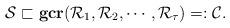
LaTeX: \begin{align*} \mathcal{S} \sqsubset \mathbf{gcr}(\mathcal{R}_1,\mathcal{R}_2,\cdots,\mathcal{R}_\tau)=:\mathcal{C}.\end{align*}